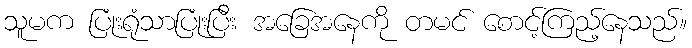
သူမက ပြုံးရုံသာပြုံးပြီး အခြေအနေကို တမင် စောင့်ကြည့်နေသည်။